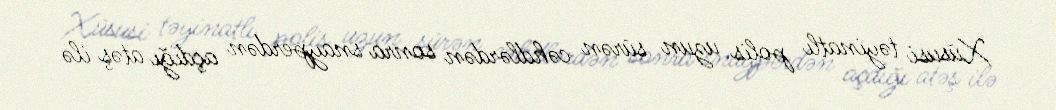
Xüsusi təyinatlı polis uzun sürən cəhdlərdən sonra snayperdən açdığı atəş ilə